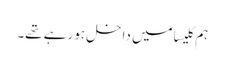
ہم کلیسا میں داخل ہو رہے تھے۔